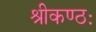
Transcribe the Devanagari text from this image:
श्रीकण्ठः